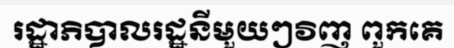
រដ្ឋាភិបាលរដ្ឋនីមួយៗវិញ ពួកគេ